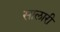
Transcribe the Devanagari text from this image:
सालारी